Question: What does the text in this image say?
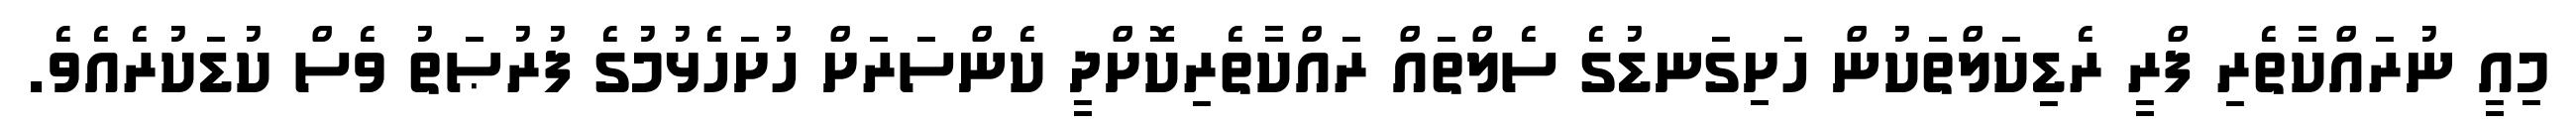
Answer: މިއީ ނުރައްކާތެރި ފްރީ ރެޑިކަލްތަކުން ހަށިގަނޑުގެ ސެލްތައް ރައްކާތެރިކޮށްދީ ކެންސަރަށް ހުށަހެޅުމުގެ ފުރުޞަތު ވެސް ކުޑަކުރެއެވެ.